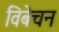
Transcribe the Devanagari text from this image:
विबेचन